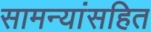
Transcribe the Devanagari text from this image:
सामन्यांसहित